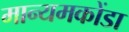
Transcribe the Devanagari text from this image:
मान्यमकोंडा